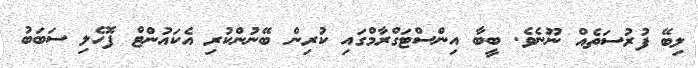
ލިބޭ ފުރުސަތެއް ނޫނެވެ. ބީބާ އިންސްޓަގްރާމްގައި ކުރިން ބޭނުންކުރި އެކައުންޓް ފޮހެލި ސަބަބު